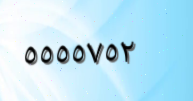
٥٥٥٥٧٥٢